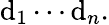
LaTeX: \mathrm{d}_{1}\cdots\mathrm{d}_{n}.